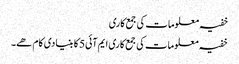
خفیہ معلومات کی جمع کاری
خفیہ معلومات کی جمع کاری ایم آئی5 کا بنیادی کام ھے۔